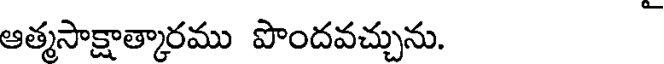
ఆత్మసాక్షాత్కారము పొందవచ్చును.